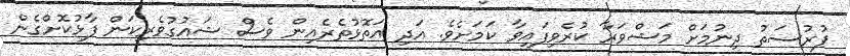
ފުރުސަތު ދިނުމަށް މަޝްވަރާ ކުރެވިފައިވާ ކަމަށެވެ. އަދި އަތޮޅުތެރެއިން ވެސް ޝައުގުވެރިކަން ފާޅުކޮށްގެން